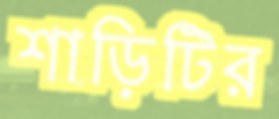
শাড়িটির